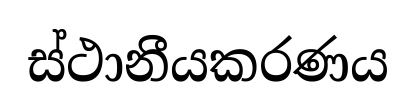
ස්ථානීයකරණය